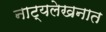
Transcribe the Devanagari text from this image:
नाट्यलेखनात